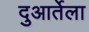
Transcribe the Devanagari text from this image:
दुआर्तेला